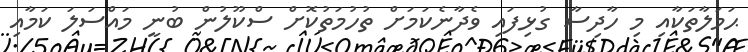
ޙަމަލާތަކާއި މި ހާދިސާ ގުޅިފައި ވެދާނެކަމަށް ތުހުމަތުކޮށް ސްކޫލުން ބުނީ މައްސަލަ ކަމާއި